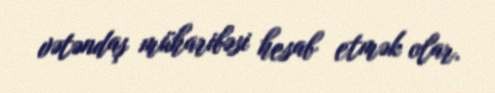
vətəndaş müharibəsi hesab etmək olar.